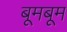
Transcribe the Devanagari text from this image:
बूमबूम